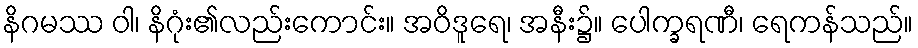
နိဂမဿ ဝါ၊ နိဂုံး၏လည်းကောင်း။ အဝိဒူရေ၊ အနီး၌။ ပေါက္ခရဏီ၊ ရေကန်သည်။